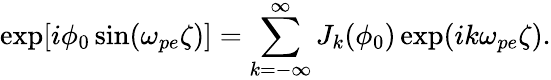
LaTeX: \exp[i\phi_{0}\sin(\omega_{pe}\zeta)]=\sum_{k=-\infty}^{\infty}J_{k}(\phi_{0})\exp(ik\omega_{pe}\zeta).